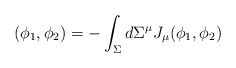
\begin{align*}(\phi_{1},\phi_{2})=-\int_{\Sigma}d\Sigma^{\mu}J_{\mu}(\phi_{1},\phi_{2})\end{align*}